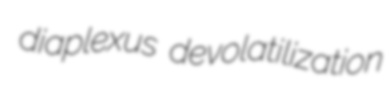
diaplexus devolatilization